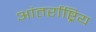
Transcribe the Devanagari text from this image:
आंतर्राष्ट्रिय